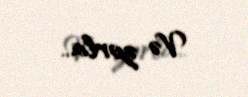
Və zorla..